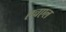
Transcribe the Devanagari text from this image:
एचएल